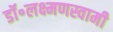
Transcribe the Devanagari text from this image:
डॉ॰लक्ष्मणस्वामी